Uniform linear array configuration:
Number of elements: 48
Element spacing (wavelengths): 0.75
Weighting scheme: hann
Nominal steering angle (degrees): -30
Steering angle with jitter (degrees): -31.468
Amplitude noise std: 0.05
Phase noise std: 0.05

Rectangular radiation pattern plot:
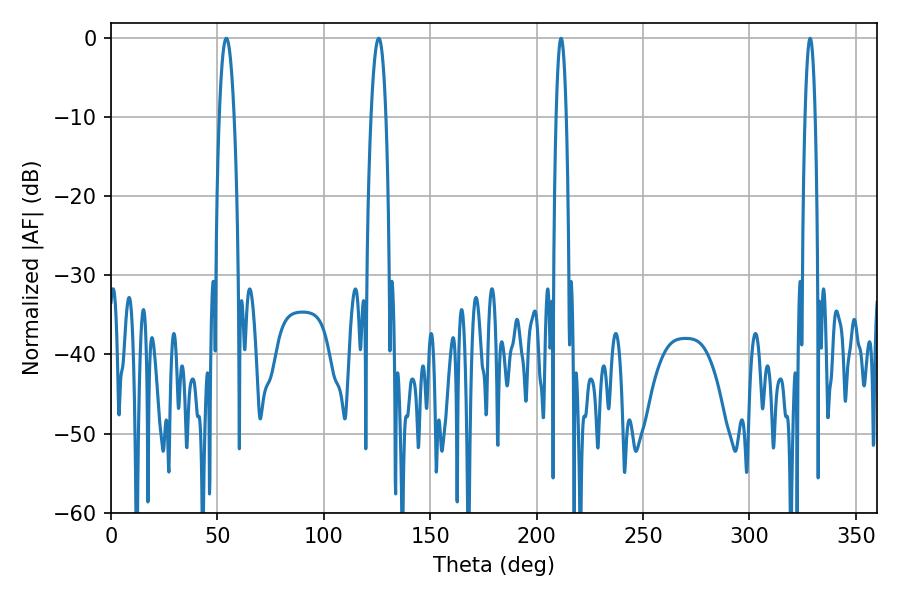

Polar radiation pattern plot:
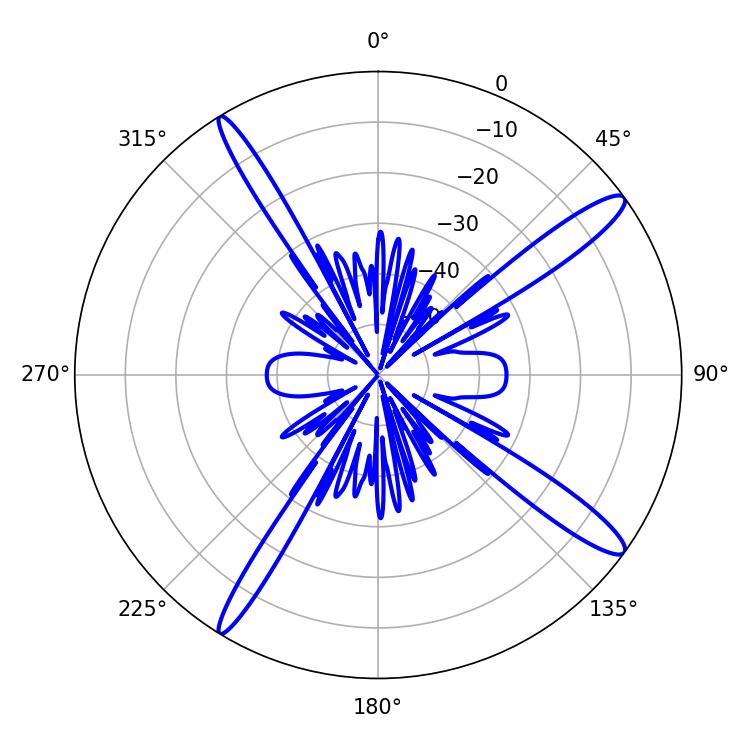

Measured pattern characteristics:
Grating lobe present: TRUE
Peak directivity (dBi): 14.783
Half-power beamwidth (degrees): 3.78
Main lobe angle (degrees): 54.18